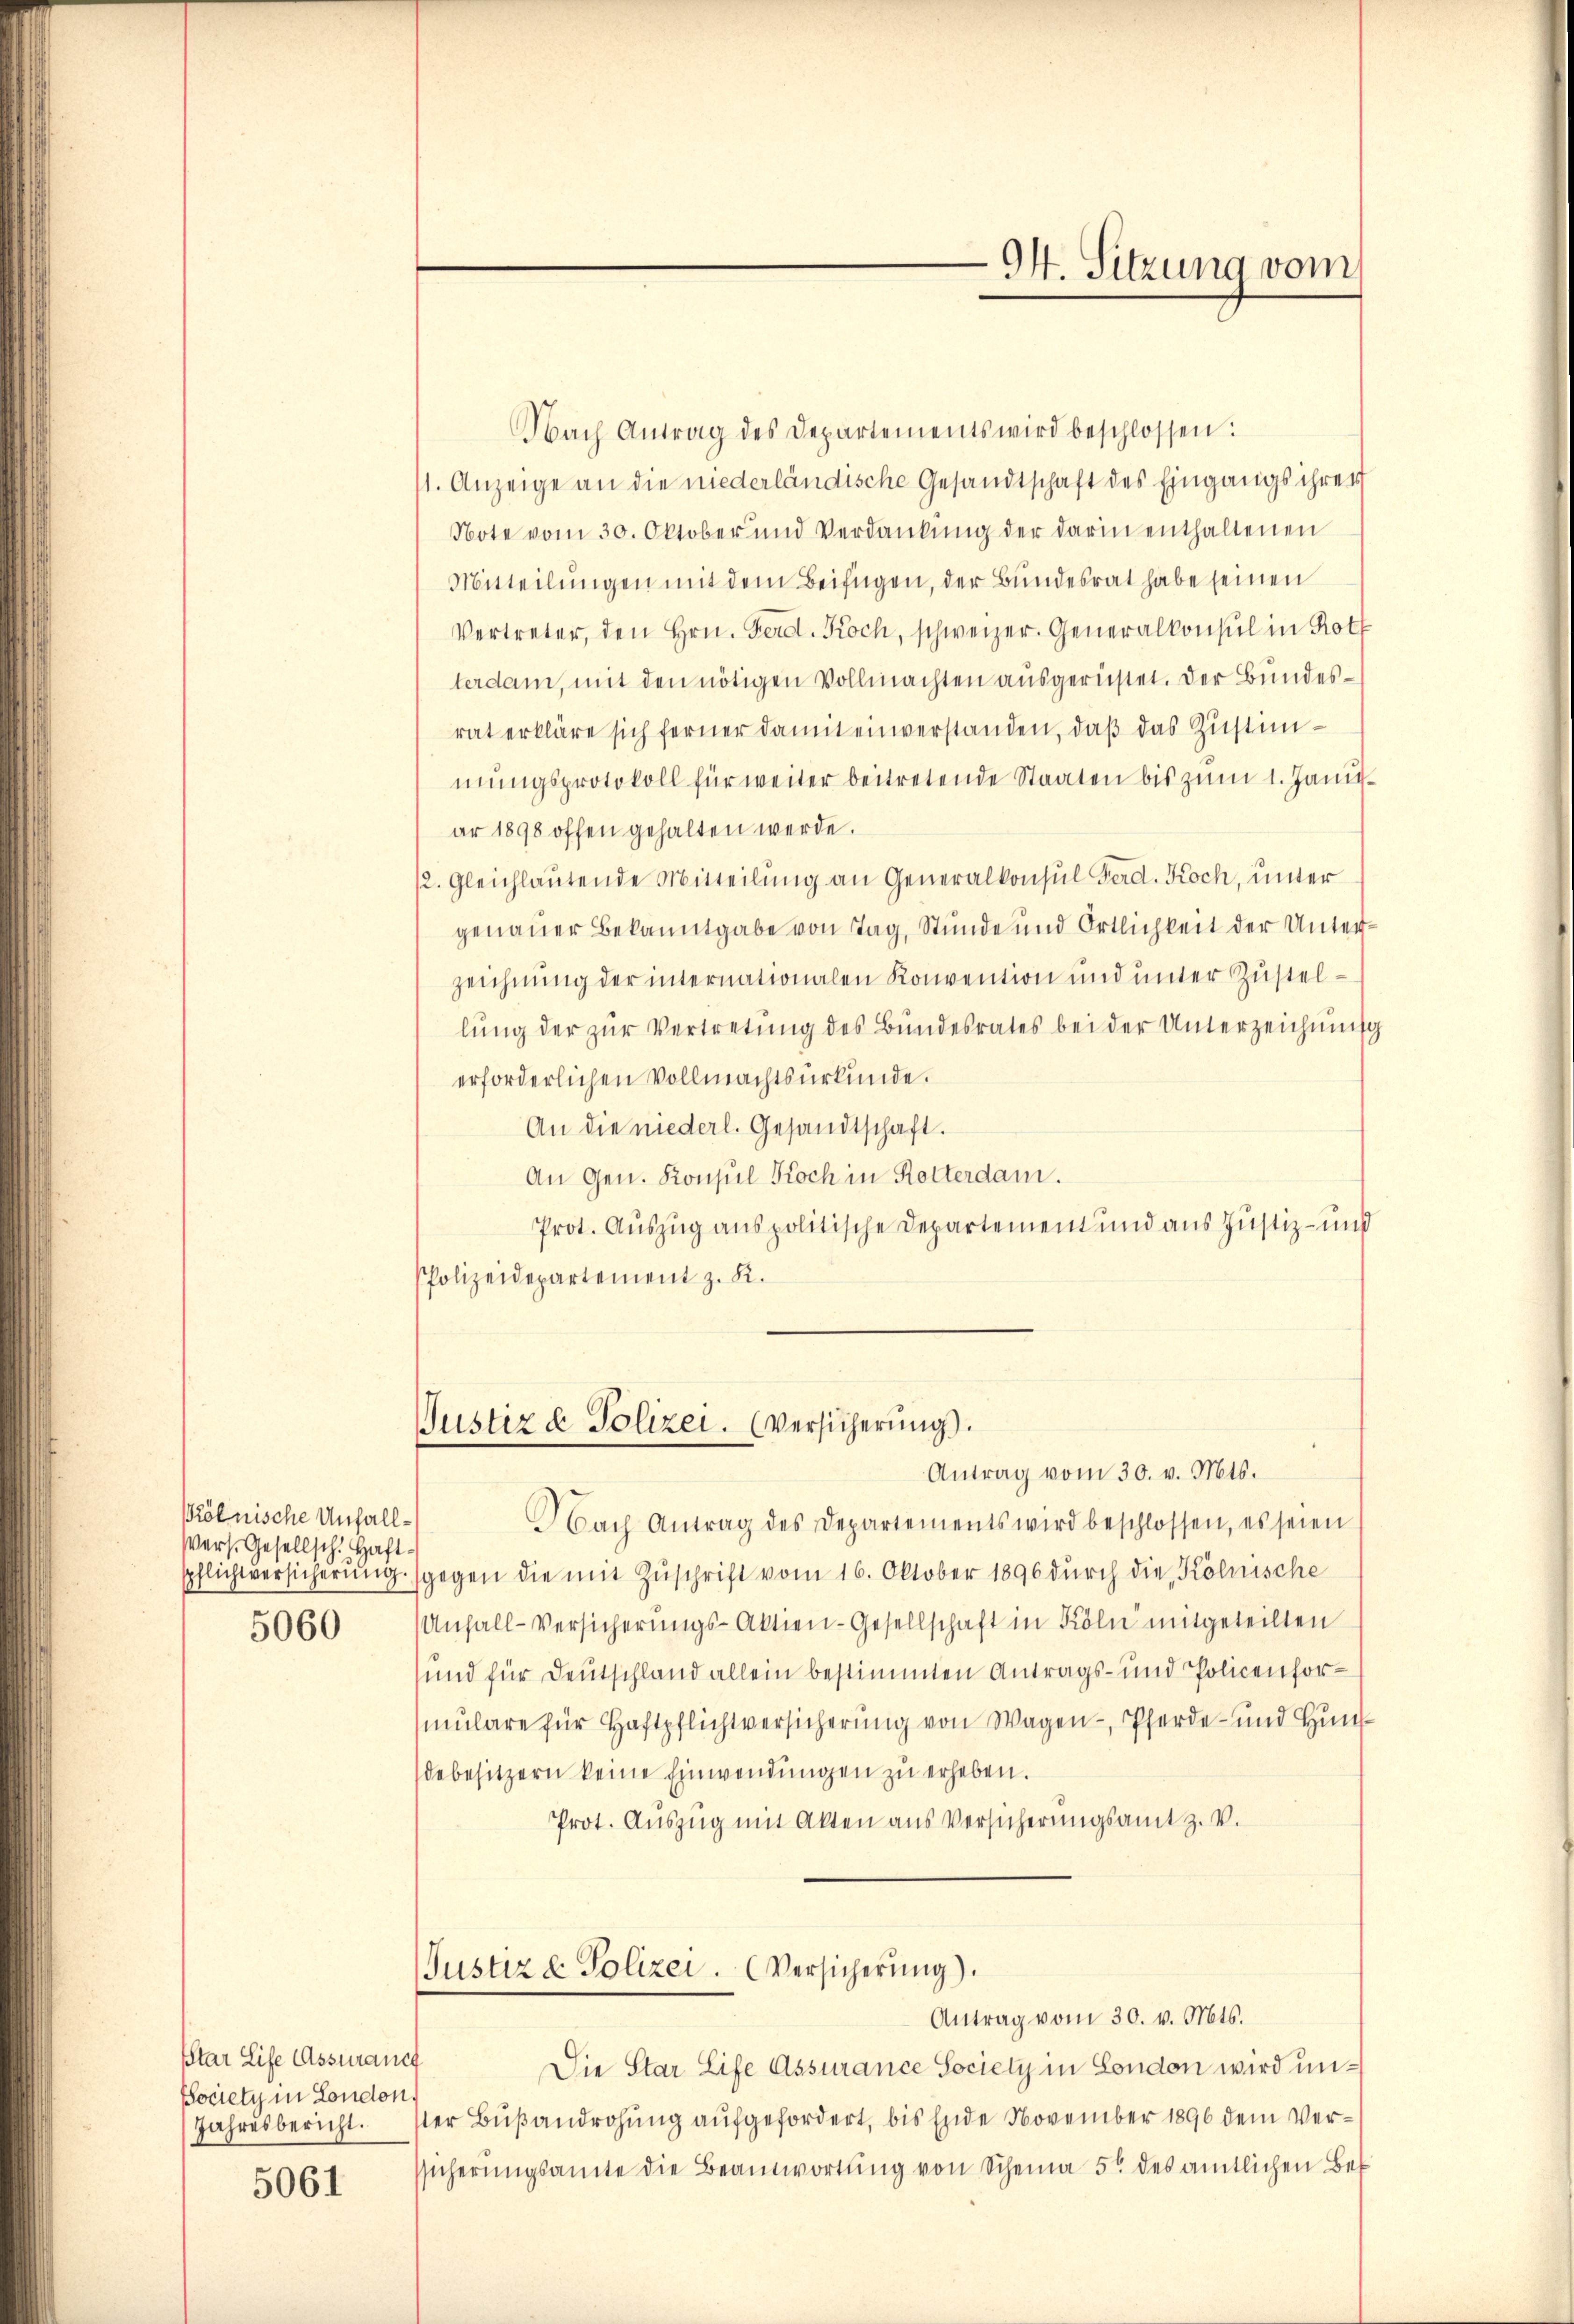
kölnische Unfall¬
Vers. Gesellsch. Haft-

5060

Ptar Life Assuranch
Society in London
Jahresbericht.

5061

94. Sitzung vom

Nach Antrag des Departements wird beschlossen:
/1. Anzeige an die niederländische Gesandtschaft des Eingangs ihrer
Note vom 30. Oktober und Verdankŭng der darin enthaltenen
Mitteilungen mit dem Beifügen, der Bundesrat habe seinen
Vertreter, den Hrn. Ferd. Koch, schweizer. Generalkonsul in Roth
terdam, mit den nötigen Vollmachten ausgerüstet. Der Bundesrat erkläre sich ferner damit einverstanden, daß das Zustimmŭngsprotokoll für weiter beitretende Staaten bis zŭm 1. Janu
ar 1898 offen gehalten werde.
12. Gleichlautende Mitteilung an Generalkonsul Ferd. Koch, unter
genauer Bekanntgabe von Tag, Stunde und Ortlichkeit der Unterzeichnung der internationalen Konvention und unter Zustellung der zur Vertretung des Bundesrates bei der Unterzeichnung
erforderlichen Vollmachtsurkunde.
An die niederl. Gesandtschaft.
An Gen. Konsul Koch in Rotterdam.
Prot. Auszug aus politische Departement und aus Justiz- und
PPolizeidepartement z. K.
Justiz & Polizei. (Versicherung).
Antrag vom 30. v. Mts.
Nach Antrag des Departements wird beschlossen, es seien
spflichtversicherung gegen die mit Zuschrift vom 16. Oktober 1896 durch die Kölnische
Anfall-Versicherungs-Aktien-Gesellschaft in Köln mitgeteilten
und für Deutschland allein bestimmten Antrags- und Policenformulare für Haftpflichtversicherung von Wagen -, Pferde- und Hünsdebesitzern keine Einwendungen zu erheben.
Prot. Aŭszŭg mit Akten aus Versicherŭngsamt z. V.
Justiz & Polizei. (Versicherung).
Antrag vom 30. v. Mts.
Die Star Life Assurance Society in London wird unster Bußandrohung aufgefordert, bis Ende November 1896 dem Versicherungsamte die Beantwortung von Scheina 5 des amtlichen Be¬